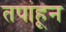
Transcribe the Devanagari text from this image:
तपांहून